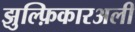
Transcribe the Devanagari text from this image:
झुल्फ़िकारअली